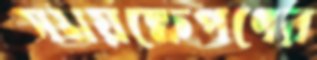
সময়ক্ষেপণের